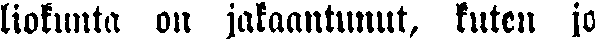
liokunta on jakaantunut, kuten jo